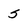
Character: 5